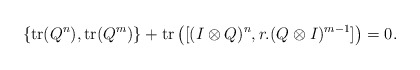
\begin{align*}\{\mathrm{tr}(Q^n),\mathrm{tr}(Q^m)\}+\mathrm{tr}\left([(I\otimes Q)^n,r.(Q\otimes I)^{m-1}]\right)=0.\end{align*}